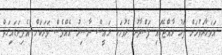
އަވަހާރަވުމަށް ފަހު ރާއްޖޭގައި ފަސްދާނު ލެވުމަކީ ރައީސް ނާޞިރު އެއްވެސް ވަރަކަށް އެދިވަޑައިގަތް